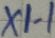
Text: X1-1